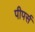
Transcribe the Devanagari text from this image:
पीपर्स